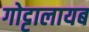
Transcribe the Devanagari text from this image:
गोट्टालायब